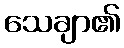
သေချာ၏